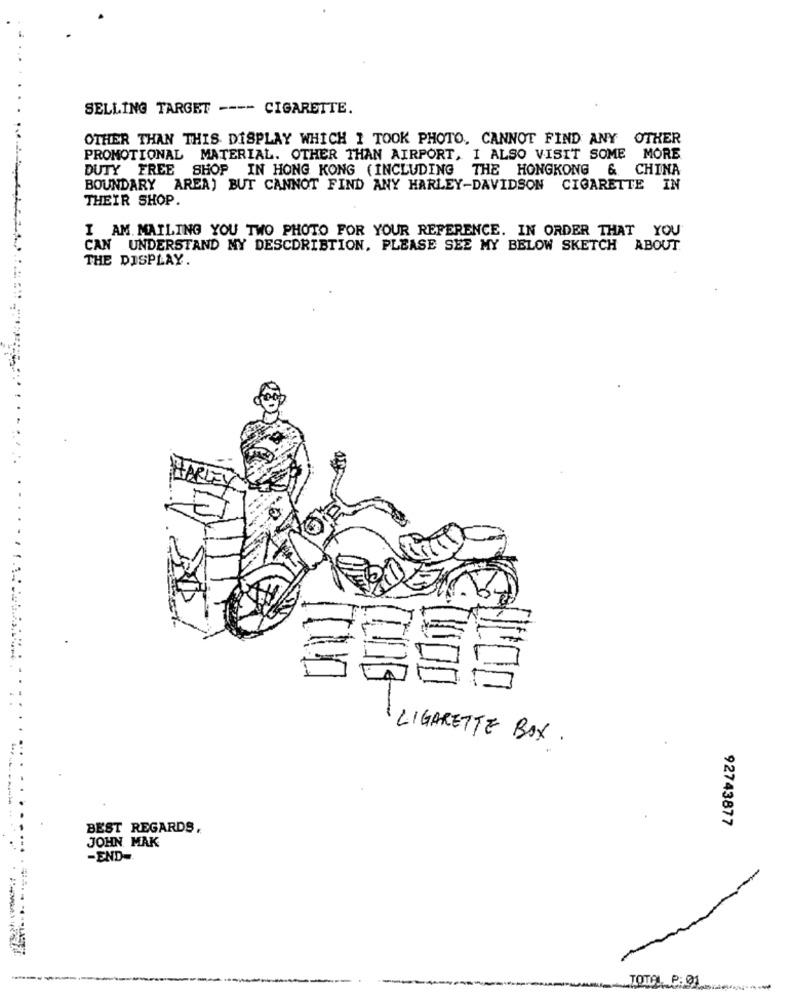
SELLING TARGET ---- CIGARETTE.
OTHER THAN THIS DISPLAY WHICH I TOOK PHOTO. CANNOT FIND ANY OTHER
PROMOTIONAL MATERIAL. OTHER THAN AIRPORT, I ALSO VISIT SOME MORE
DUTY FREE SHOP IN HONG KONG (INCLUDING THE HONGKONG & CHINA
BOUNDARY AREA) BUT CANNOT FIND ANY HARLEY-DAVIDSON CIGARETTE IN
THEIR SHOP.
I AM. MAILING YOU TWO PHOTO FOR YOUR REFERENCE. IN ORDER THAT YOU
CAN UNDERSTAND MY DESCDRIBTION, PLEASE SEE MY BELOW SKETCH ABOUT.
THE DISPLAY.
LIGARETTE BOX .
92743877
BEST REGARDS,
JOHN MAK
-END-
TOTAL P: 01